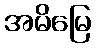
အမိမြေ